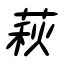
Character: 萩